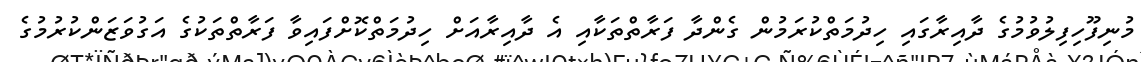
މުނިފޫހިފިލުވުމުގެ ދާއިރާގައި ހިދުމަތްކުރަމުން ގެންދާ ފަރާތްތަކާއި އެ ދާއިރާއަށް ހިދުމަތްކޮށްފައިވާ ފަރާތްތަކުގެ އަގުވަޒަންކުރުމުގެ